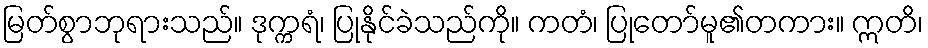
မြတ်စွာဘုရားသည်။ ဒုက္ကရံ၊ ပြုနိုင်ခဲသည်ကို။ ကတံ၊ ပြုတော်မူ၏တကား။ ဣတိ၊